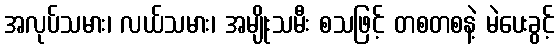
အလုပ်သမား၊ လယ်သမား၊ အမျိုးသမီး စသဖြင့် တစတစနဲ့ မဲပေးခွင့်